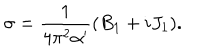
LaTeX: \sigma = \frac 1 { 4 \pi ^ { 2 } \alpha ^ { \prime } } ( B _ { 1 } + i J _ { 1 } ) .